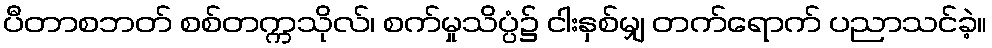
ပီတာစဘတ် စစ်တက္ကသိုလ်၊ စက်မှုသိပ္ပံ၌ ငါးနှစ်မျှ တက်ရောက် ပညာသင်ခဲ့။